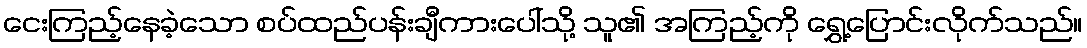
ငေးကြည့်နေခဲ့သော စပ်ထည်ပန်းချီကားပေါ်သို့ သူ၏ အကြည့်ကို ရွှေ့ပြောင်းလိုက်သည်။